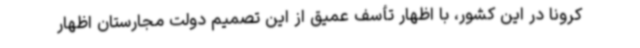
کرونا در این کشور، با اظهار تأسف عمیق از این تصمیم دولت مجارستان اظهار